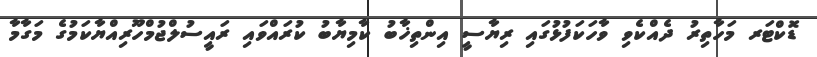
ޑޮކްޓަރ މަހާތިރު ދެއްކެވި ވާހަކަފުޅުގައި ރިޔާސީ އިންތިޚާބު ކާމިޔާބު ކުރައްވައި ރައީސުލްޖުމްހޫރިއްޔާކަމުގެ މަގާމާ